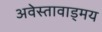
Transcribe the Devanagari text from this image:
अवेस्तावाड्मय